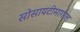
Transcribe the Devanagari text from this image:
सोसायटीमागील